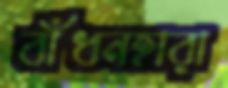
বাঁধনহারা